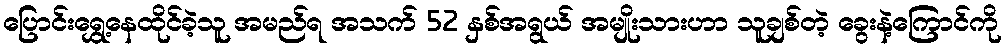
ပြောင်းရွှေ့နေထိုင်ခဲ့သူ အမည်ရ အသက် 52 နှစ်အရွယ် အမျိုးသားဟာ သူချစ်တဲ့ ခွေးနဲ့ကြောင်ကို